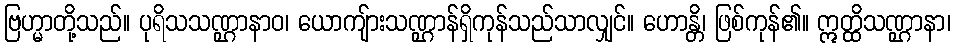
ဗြဟ္မာတို့သည်။ ပုရိသသဏ္ဌာနာဝ၊ ယောကျ်ားသဏ္ဌာန်ရှိကုန်သည်သာလျှင်။ ဟောန္တိ၊ ဖြစ်ကုန်၏။ ဣတ္ထိသဏ္ဌာနာ၊